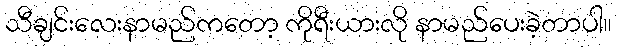
သီချင်းလေးနာမည်ကတော့ ကိုရီးယားလို နာမည်ပေးခဲ့တာပါ။